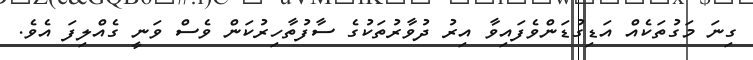
ގިނަ މަގުތަކެއް އަޑިގުޑަންވެފައިވާ އިރު ދުވާރުތަކުގެ ސާފުތާހިރުކަން ވެސް ވަނީ ގެއްލިފަ އެވެ.